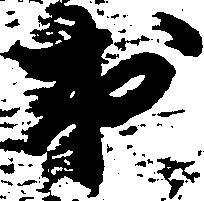
出